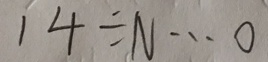
1 4 \div N \cdots 0